Tezpur Lunatic Asylum reports 1877-1894 - 1877-1894
Year: 1877
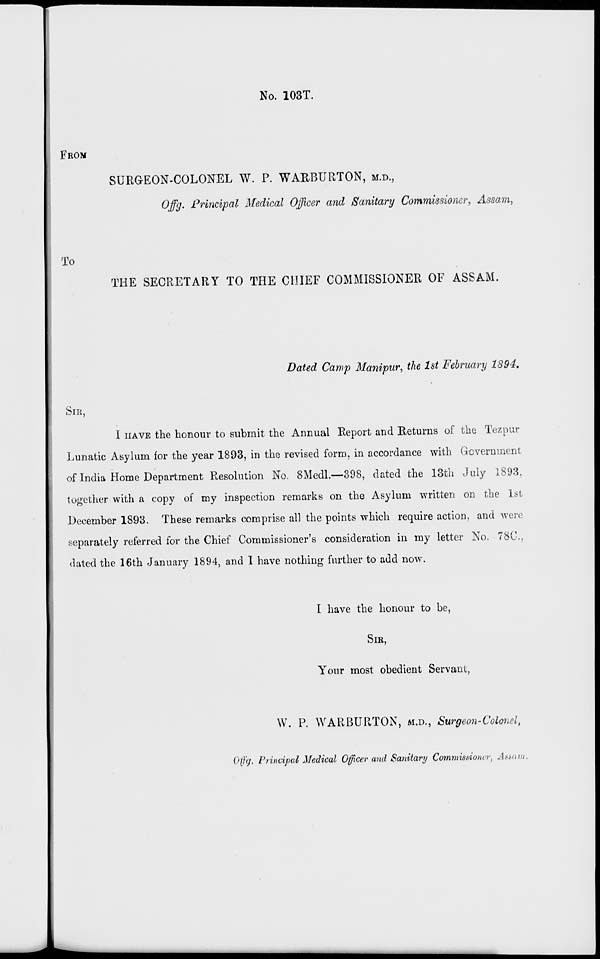
No. 103T.
FROM
SURGEON-COLONEL W. P. WARBURTON, M.D.,
Offg. Principal Medical Officer and Sanitary Commissioner, Assam,
rp To
THE SECRETARY TO THE CHIEF COMMISSIONER OF ASSAM.
Dated Camp Manipur, the 1st February 1894.
SIR,
I IIAVE the honour to submit the Annual Report and Returns of the Tezpur
Lunatic Asylum for the year 1893, in the revised form, in accordance with Government
of India Home Department Resolution No. 8Medl.—398, dated the 13th July 1893,
together with a copy of my inspection remarks on the Asylum written on the 1st
December 1893. These remarks comprise all the points which require action, and were
separately referred for the Chief Commissioner's consideration in my letter No. 78C,
dated the 16th January 1894, and I have nothing further to add now.
I have the honour to be,
SIR,
Your most obedient Servant,
W. P. WARBURTON, M.D., Surgeon-Colonel,
0\f(j. Principal Medical Officer and Sanitary Commissioner, Assam.